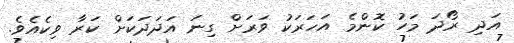
އަދި ރޯދަ މަހު ކޮންމެ އަހަރަކު ވަރަށް ގިނަ އަދަދަކަށް ކަރާ ވިކެއެވެ.